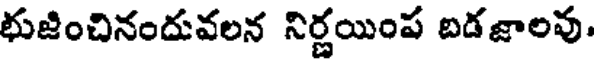
భుజించినందువలన నిర్ణయింప బడజాలవు.